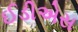
ઈડીએસ